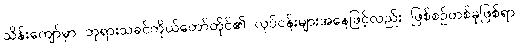
သိန်းကျော်မှာ ဘုရားသခင်ကိုယ်တော်တိုင်၏ လုပ်ငန်းများအနေဖြင့်လည်း ဖြစ်စဉ်တစ်ခုဖြစ်ရာ